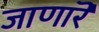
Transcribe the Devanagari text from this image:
जाणारॆ